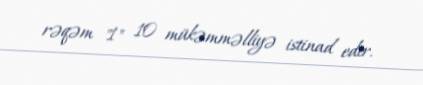
rəqəm "1" 10 mükəmməlliyə istinad edir.